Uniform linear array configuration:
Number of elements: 4
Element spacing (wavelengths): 0.25
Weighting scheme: hann
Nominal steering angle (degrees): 15
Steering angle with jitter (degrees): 13.943
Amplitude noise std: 0.05
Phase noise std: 0.05

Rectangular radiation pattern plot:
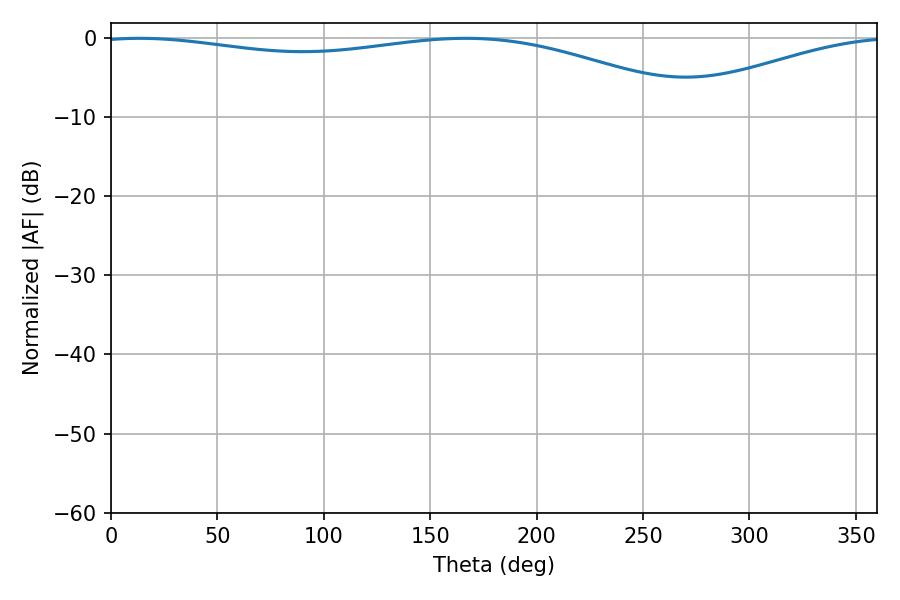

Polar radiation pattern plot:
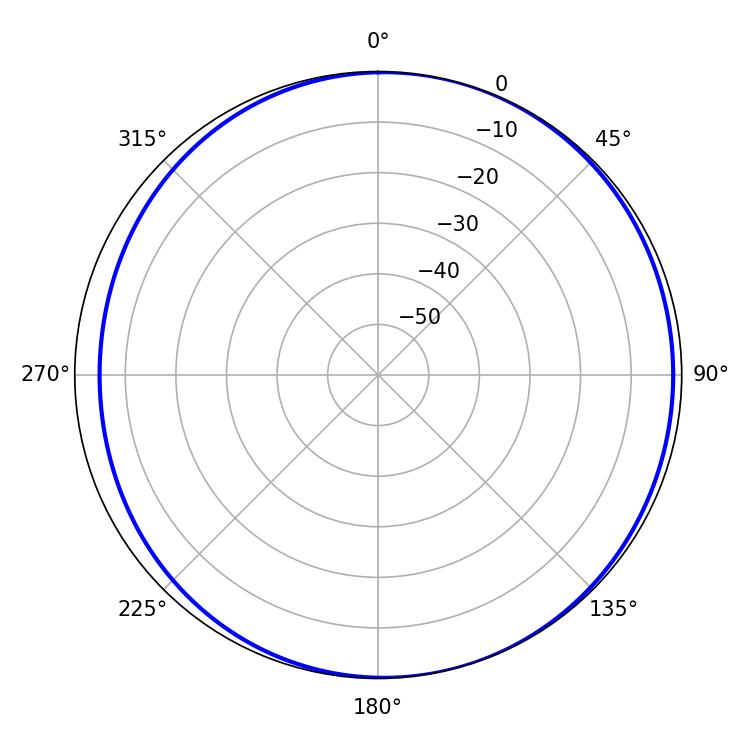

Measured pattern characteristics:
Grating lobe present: FALSE
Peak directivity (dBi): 5.001
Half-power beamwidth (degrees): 230.22
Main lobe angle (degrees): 13.32